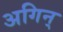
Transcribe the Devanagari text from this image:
अगिन्